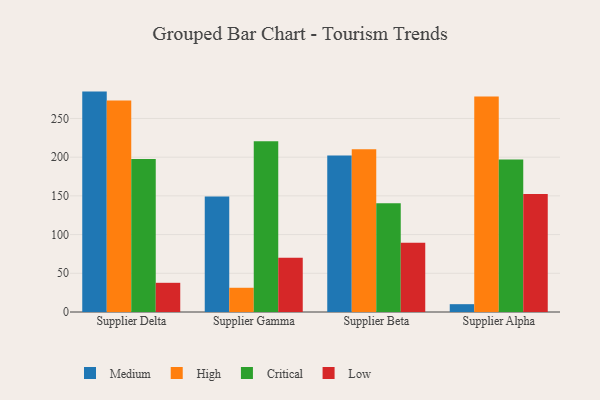
{"axis": {"x": "Supplier", "y": "Net Income (USD K)"}, "legend": ["Critical", "High", "Low", "Medium"], "data": [{"x": "Supplier Delta", "y": 284.7, "type": "Medium"}, {"x": "Supplier Delta", "y": 273.3, "type": "High"}, {"x": "Supplier Delta", "y": 197.6, "type": "Critical"}, {"x": "Supplier Delta", "y": 37.7, "type": "Low"}, {"x": "Supplier Gamma", "y": 149.2, "type": "Medium"}, {"x": "Supplier Gamma", "y": 31.3, "type": "High"}, {"x": "Supplier Gamma", "y": 220.7, "type": "Critical"}, {"x": "Supplier Gamma", "y": 70.2, "type": "Low"}, {"x": "Supplier Beta", "y": 202.3, "type": "Medium"}, {"x": "Supplier Beta", "y": 210.2, "type": "High"}, {"x": "Supplier Beta", "y": 140.5, "type": "Critical"}, {"x": "Supplier Beta", "y": 89.3, "type": "Low"}, {"x": "Supplier Alpha", "y": 10.1, "type": "Medium"}, {"x": "Supplier Alpha", "y": 278.4, "type": "High"}, {"x": "Supplier Alpha", "y": 196.9, "type": "Critical"}, {"x": "Supplier Alpha", "y": 152.5, "type": "Low"}]}